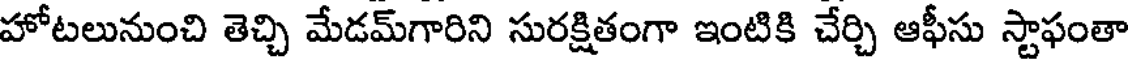
హోటలునుంచి తెచ్చి మేడమ్గారిని సురక్షితంగా ఇంటికి చేర్చి ఆఫీసు స్టాఫంతా